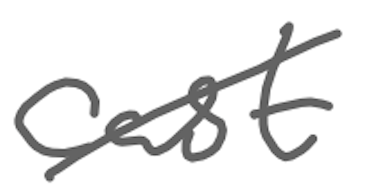
Text: cast
Cross-out: diagonal
Writing tool: digital_gray